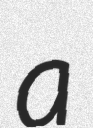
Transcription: a